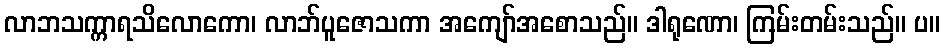
လာဘသက္ကာရသိလောကော၊ လာဘ်ပူဇောသကာ အကျော်အစောသည်။ ဒါရုဏော၊ ကြမ်းတမ်းသည်။ ပ။